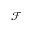
\mathscr { F }